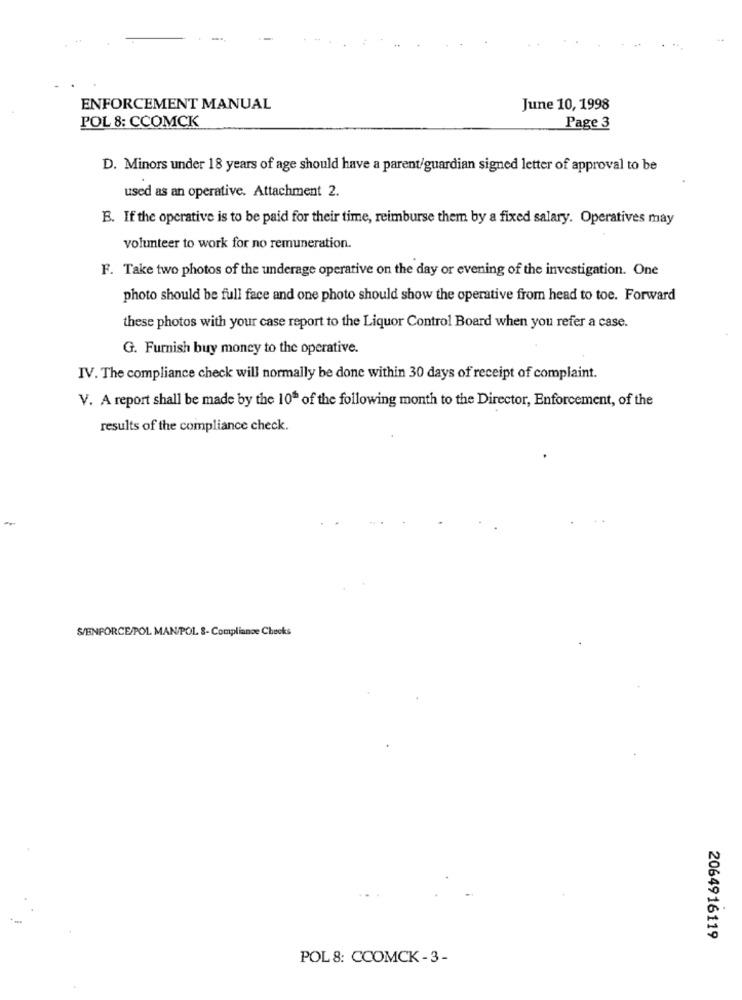
ENFORCEMENT MANUAL
June 10, 1998
POL 8: CCOMCK
Page 3
D. Minors under 18 years of age should have a parent/guardian signed letter of approval to be
used as an operative. Attachment 2.
B. If the operative is to be paid for their time, reimburse them by a fixed salary. Operatives may
volunteer to work for no remuneration.
F. Take two photos of the underage operative on the day or evening of the investigation. One
photo should be full face and one photo should show the operative from head to toe. Forward
these photos with your case report to the Liquor Control Board when you refer a case.
G. Furnish buy money to the operative.
IV. The compliance check will normally be done within 30 days of receipt of complaint.
V. A report shall be made by the 10ª of the following month to the Director, Enforcement, of the
results of the compliance check.
S/ENFORCE/POL MAN/POL S- Compliance Checks
2064916119
POL 8: CCOMCK - 3 -